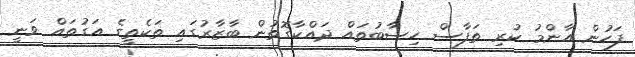
ފަހުން އާންމު ކުރި ތަފާސް ހިސާބުތައް ދައްކާގޮތުން ބާޒާރުގައި ތަކެތީގެ އަގުތައް ވަނީ